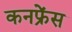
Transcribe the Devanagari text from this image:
कनफ्रेंस